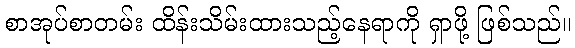
စာအုပ်စာတမ်း ထိန်းသိမ်းထားသည့်နေရာကို ရှာဖို့ ဖြစ်သည်။